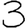
Digit: 3